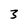
Character: 3